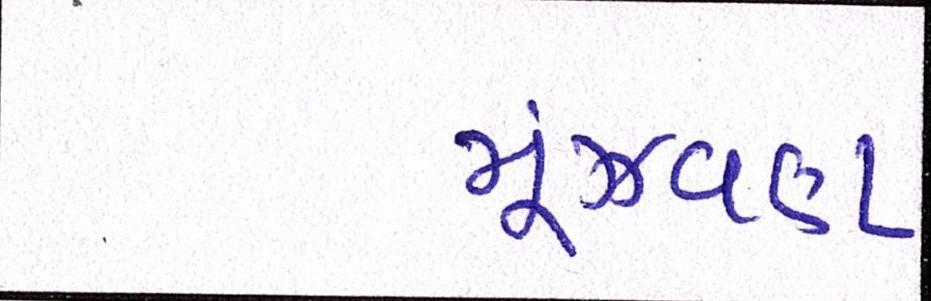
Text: મૂંઝવણ